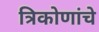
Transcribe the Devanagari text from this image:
त्रिकोणांचे